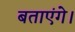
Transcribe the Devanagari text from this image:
बताएंगे।